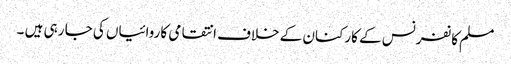
مسلم کانفرنس کے کارکنان کے خلاف انتقامی کاروائیاں کی جا رہی ہیں ۔